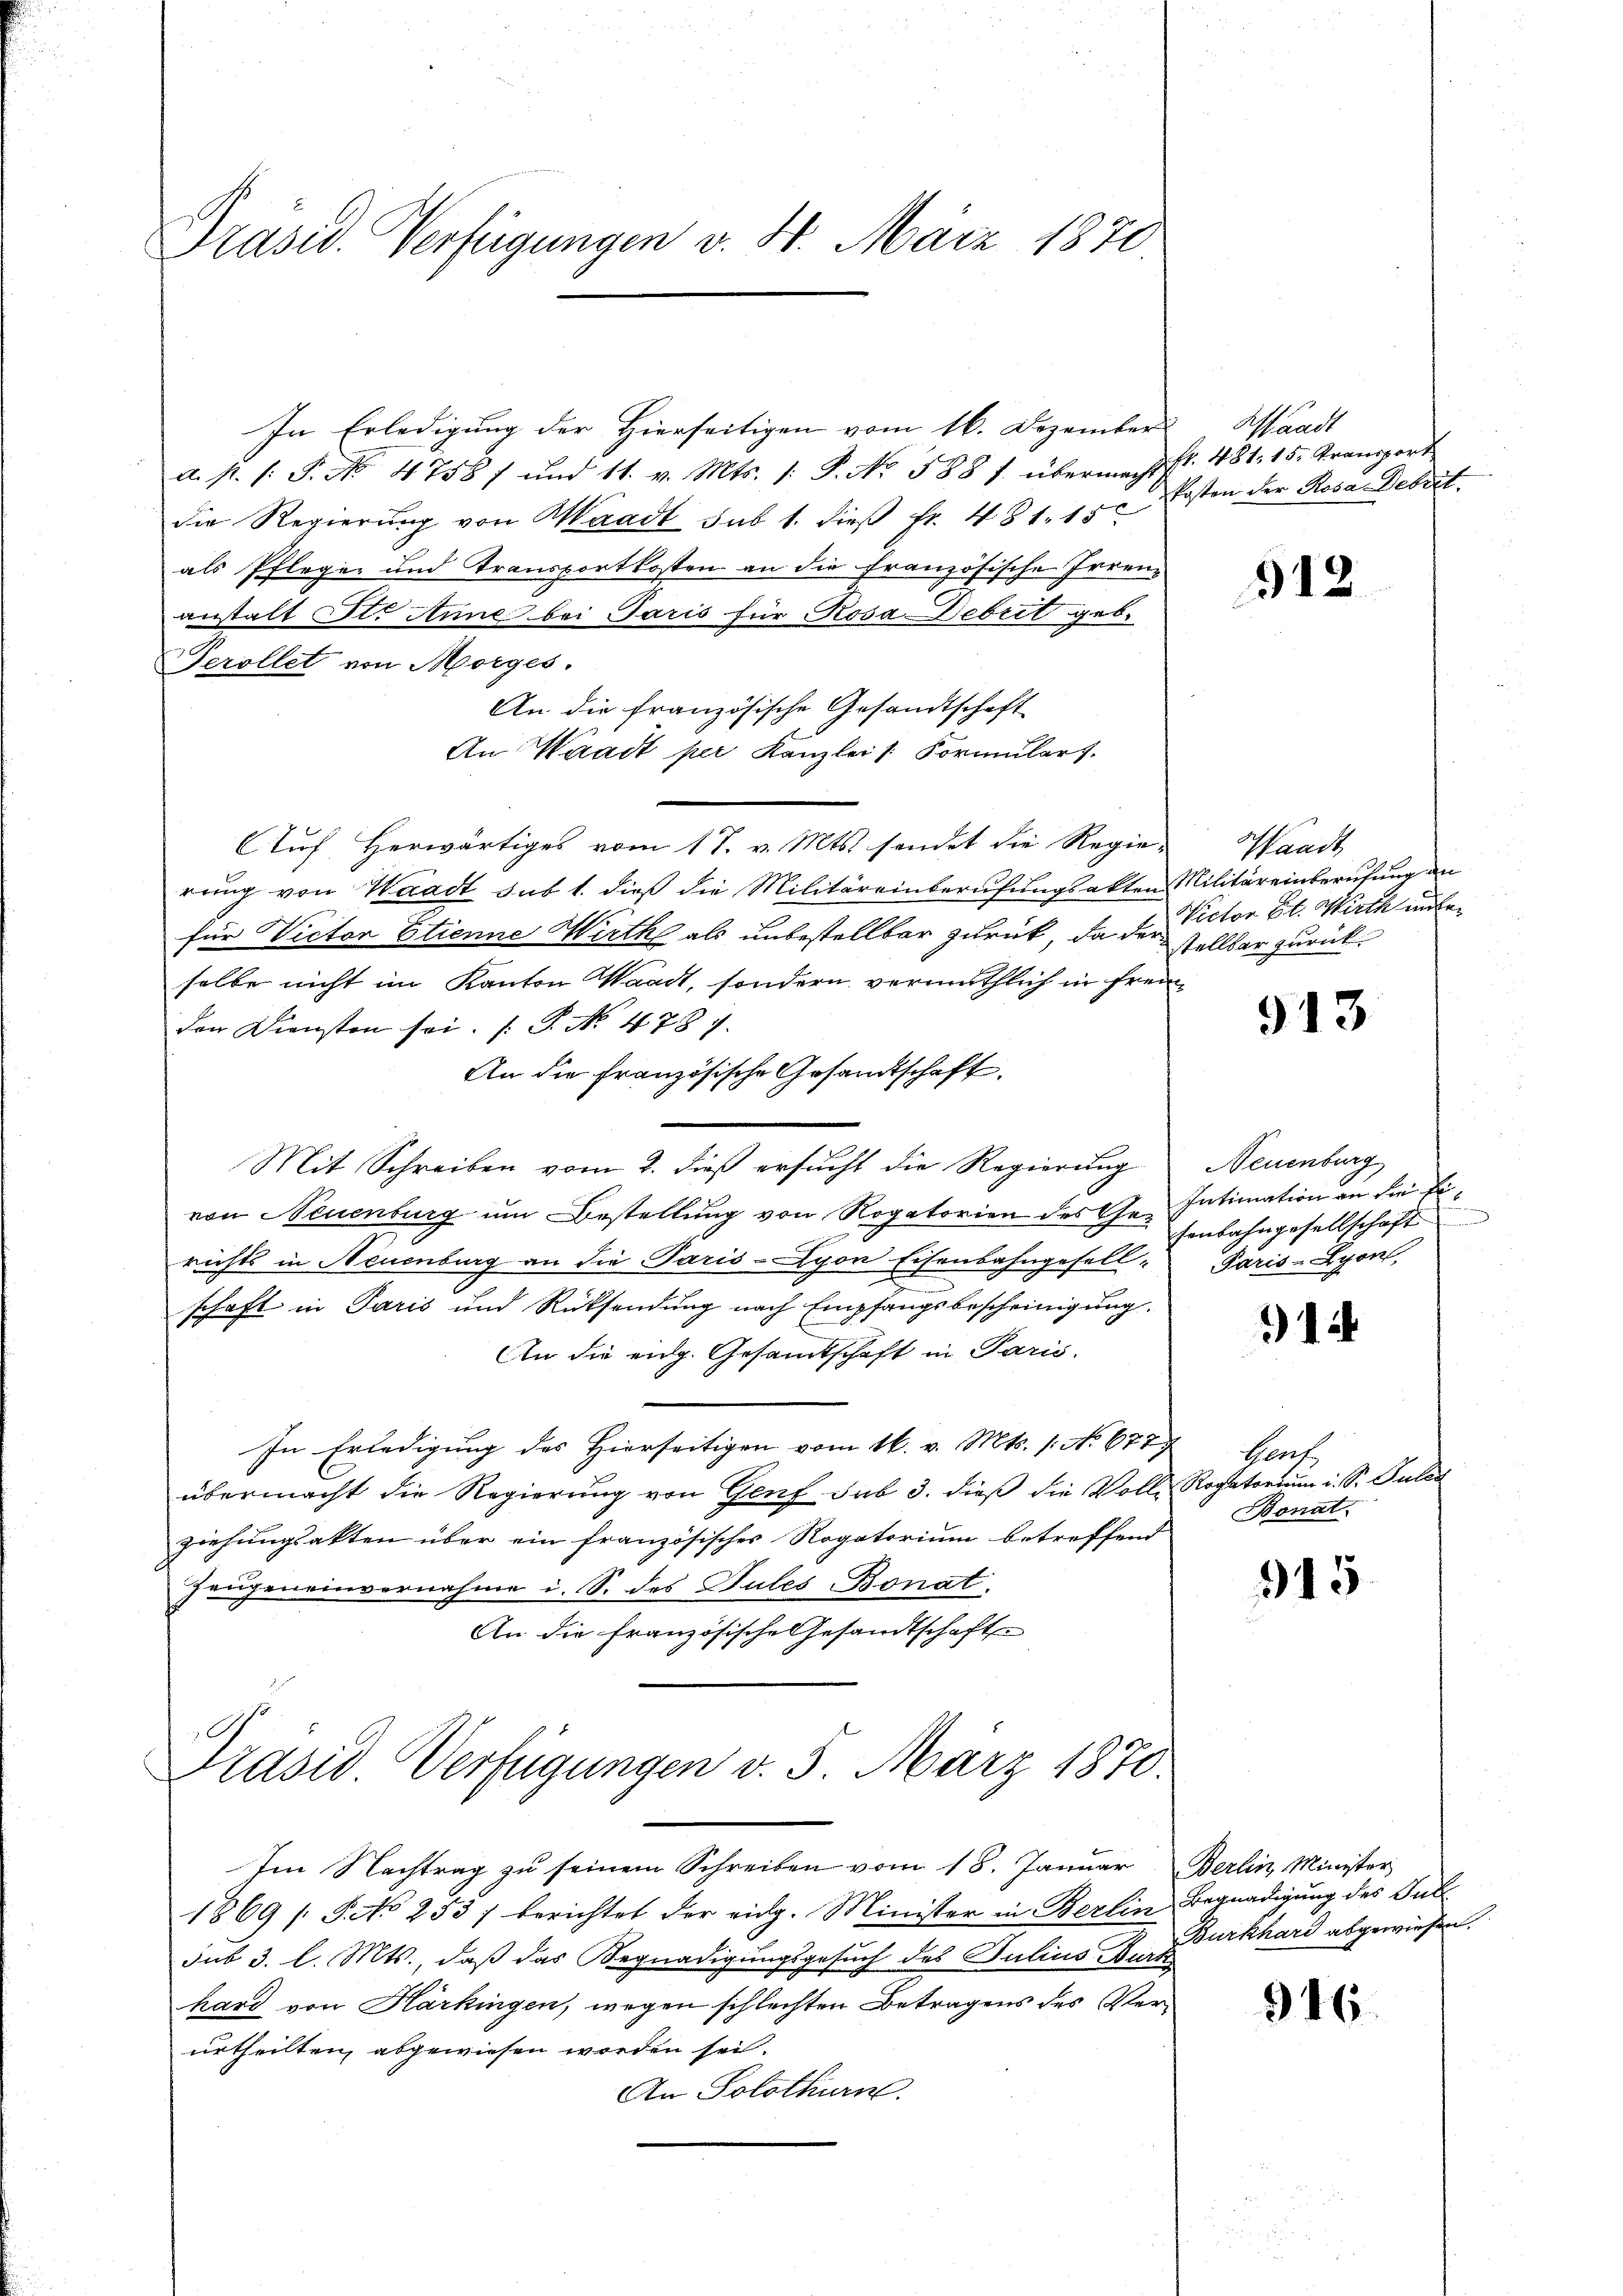
Präsid. Verfügungen v. 4. März 1870.

In Erledigung der Hierseitigen vom 16. Dezember
a. p. s. S. No. 47587 und 11. v. Mts. 1. P. Nr. 588 f. übermacht fr. 481, 15. Transport
die Regierung von Waadt sub 1. dieß fr. 481. 15
als Pflegen und Transportkosten an die französische Irrenanstalt Sti Anne bei Paris für Rosa Debrit geb.
Perollet von Morges.
An die französische Gesandtschaft
An Waadt per Kanzlei /: Formulars.
Auf Herwärtiges vom 1 S. v. Mts. sendet die Regierung von Waadt sub 1. dieß die Militäreinberufungsakten Militäreinberufung an
für Victor Etienne Wirthe als unbestellbar zurück, da der Vollbar zurückselbe nicht im Kanton Waadt, sondern vermuthlich in Fremder Diensten sei. (T. No. 478 f.
An die Französische Gesandtschaft.
Mit Schreiben vom 2. dieß ersucht die Regierung
von Neuenburg um Bestellung von Rogatorien des Ge- Intimation an die Firichts in Neuenburg an die Paris - Lyon Eisenbahngesellschaft in Paris und Rücksendung nach Empfangsbescheinigung
An die eidg. Gesandtschaft in Paris.
In Erledigung des Hierseitigen vom 16. v. Mts. 1. No. 677,
übermacht die Regierung von Genf sub 3. dieß die Volle Rogatorium i. S. Pules
ziehungsakten über ein französisches Rogatorium betreffend
Zeugeneinvernahme i. S. des Gutes Bonat.
An die französische Gesandtschaft

Präsid Verfügungen v. 3. März 1870.

Im Nachtrag zu seinem Schreiben vom 18. Januar Berlin, Minister
1869 / P. No 253 / berichtet der eidg. Minister in Berlin Begnadigung des Jul
sub 3. l. Mts., daß das Begnadigungsgesuch des Julius-Durk
kard von Harkingen, wegen schlechten Betragens des Verurtheilten, abgewiesen worden sei.
An Solothurn.

Waadt
kosten der Rosa Debret.

912.

Waadt
Victor St. Wirth unter

913

Neuenburg
fenbahngesellschaft
Paris-Lyon

14

Chauf
Bonat

315.

916.

Burkhard abgewiesen.